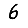
Digit: 6